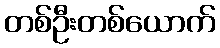
တစ်ဦးတစ်ယောက်